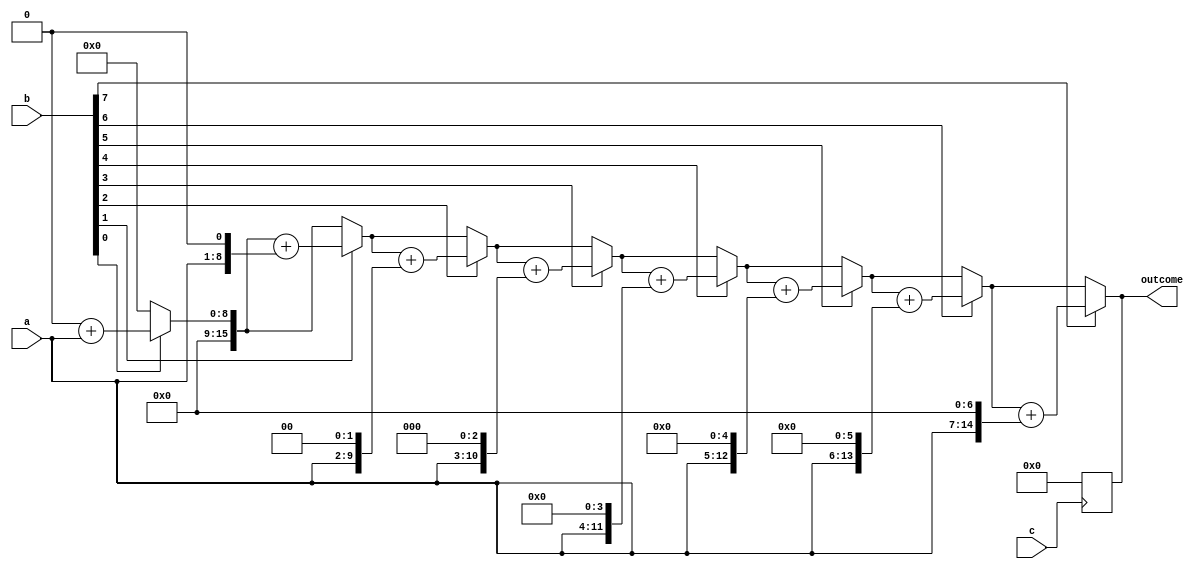
/**
	 5.16 for  2  8 
	15,17,22
*/

module mult_for(outcome,a,b,c);
parameter size=8;
input[size:1] a,b; //
input c;
output[2*size:1] outcome; //
reg[2*size:1] outcome;
integer i;
always @(a or b)
	begin
	outcome=0;
	for(i=1; i<=size; i=i+1) //for 
		if(b[i]) outcome=outcome +(a << (i-1));
	end

always @(posedge c)
	begin
		outcome=0;
	end
endmodule